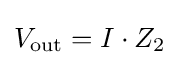
V_{\mathrm {out} }=I\cdot Z_{2}